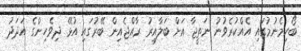
ބޯހިމެނުމުގައި އެއްކުރެވުނު ނަތީޖާ އަށް ބަލާއިރު ރާއްޖެއިން ބޭރުގައި އުޅޭ ދިވެހިންގެ އަދަދު